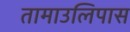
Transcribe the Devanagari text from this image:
तामाउलिपास